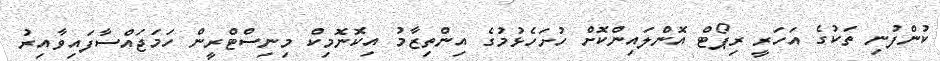
ކުންފުނި ތަކުގެ އަހަރީ ރިޕޯޓް އޮންލައިންކޮށް ހުށަހެޅުމުގެ އިންތިޒާމު އިކޮނޮމިކް މިނިސްޓްރީން ހަމަޖައްސާފައިވާއިރު